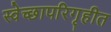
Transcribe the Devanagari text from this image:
स्वेच्छापरिगृहीत